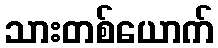
သားတစ်ယောက်